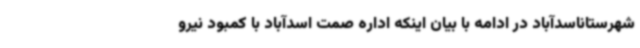
شهرستاناسدآباد در ادامه با بیان اینکه اداره صمت اسدآباد با کمبود نیرو